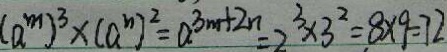
( a ^ { m } ) ^ { 3 } \times ( a ^ { n } ) ^ { 2 } = a ^ { 3 m + 2 n } = 2 ^ { 3 } \times 3 ^ { 2 } = 8 \times 9 = 7 2